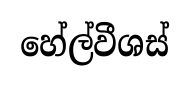
හේල්වීශස්